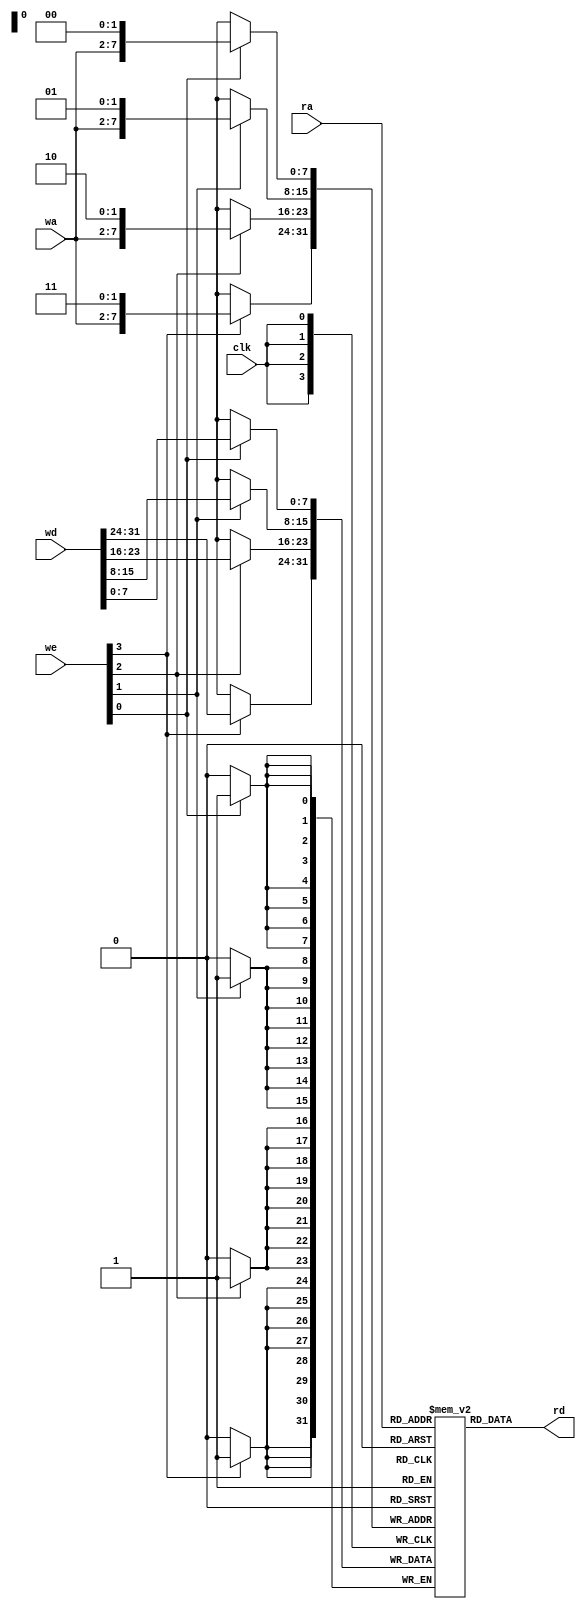
// expect-wr-ports 4
// expect-rd-ports 1
// expect-wr-wide-continuation 4'1110

module test(
	input clk,
	input [3:0] we,
	input [7:0] ra,
	input [5:0] wa,
	input [31:0] wd,
	output [7:0] rd
);

reg [7:0] mem[0:255];

assign rd = mem[ra];

always @(posedge clk) begin
	if (we[0])
		mem[{wa, 2'b00}] <= wd[7:0];
	if (we[1])
		mem[{wa, 2'b01}] <= wd[15:8];
	if (we[2])
		mem[{wa, 2'b10}] <= wd[23:16];
	if (we[3])
		mem[{wa, 2'b11}] <= wd[31:24];
end

endmodule